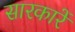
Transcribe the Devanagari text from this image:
सारकारें